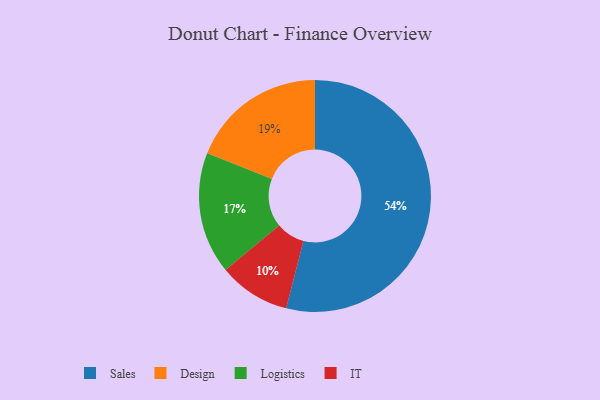
{"axis": {"x": "Category", "y": "Percentage"}, "legend": ["Design", "IT", "Logistics", "Sales"], "data": [{"x": "Design", "y": 19, "type": "Design"}, {"x": "Sales", "y": 54, "type": "Sales"}, {"x": "Logistics", "y": 17, "type": "Logistics"}, {"x": "IT", "y": 10, "type": "IT"}]}